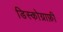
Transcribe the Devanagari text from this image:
डिस्कोग्राफ़ी